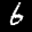
Label: 6